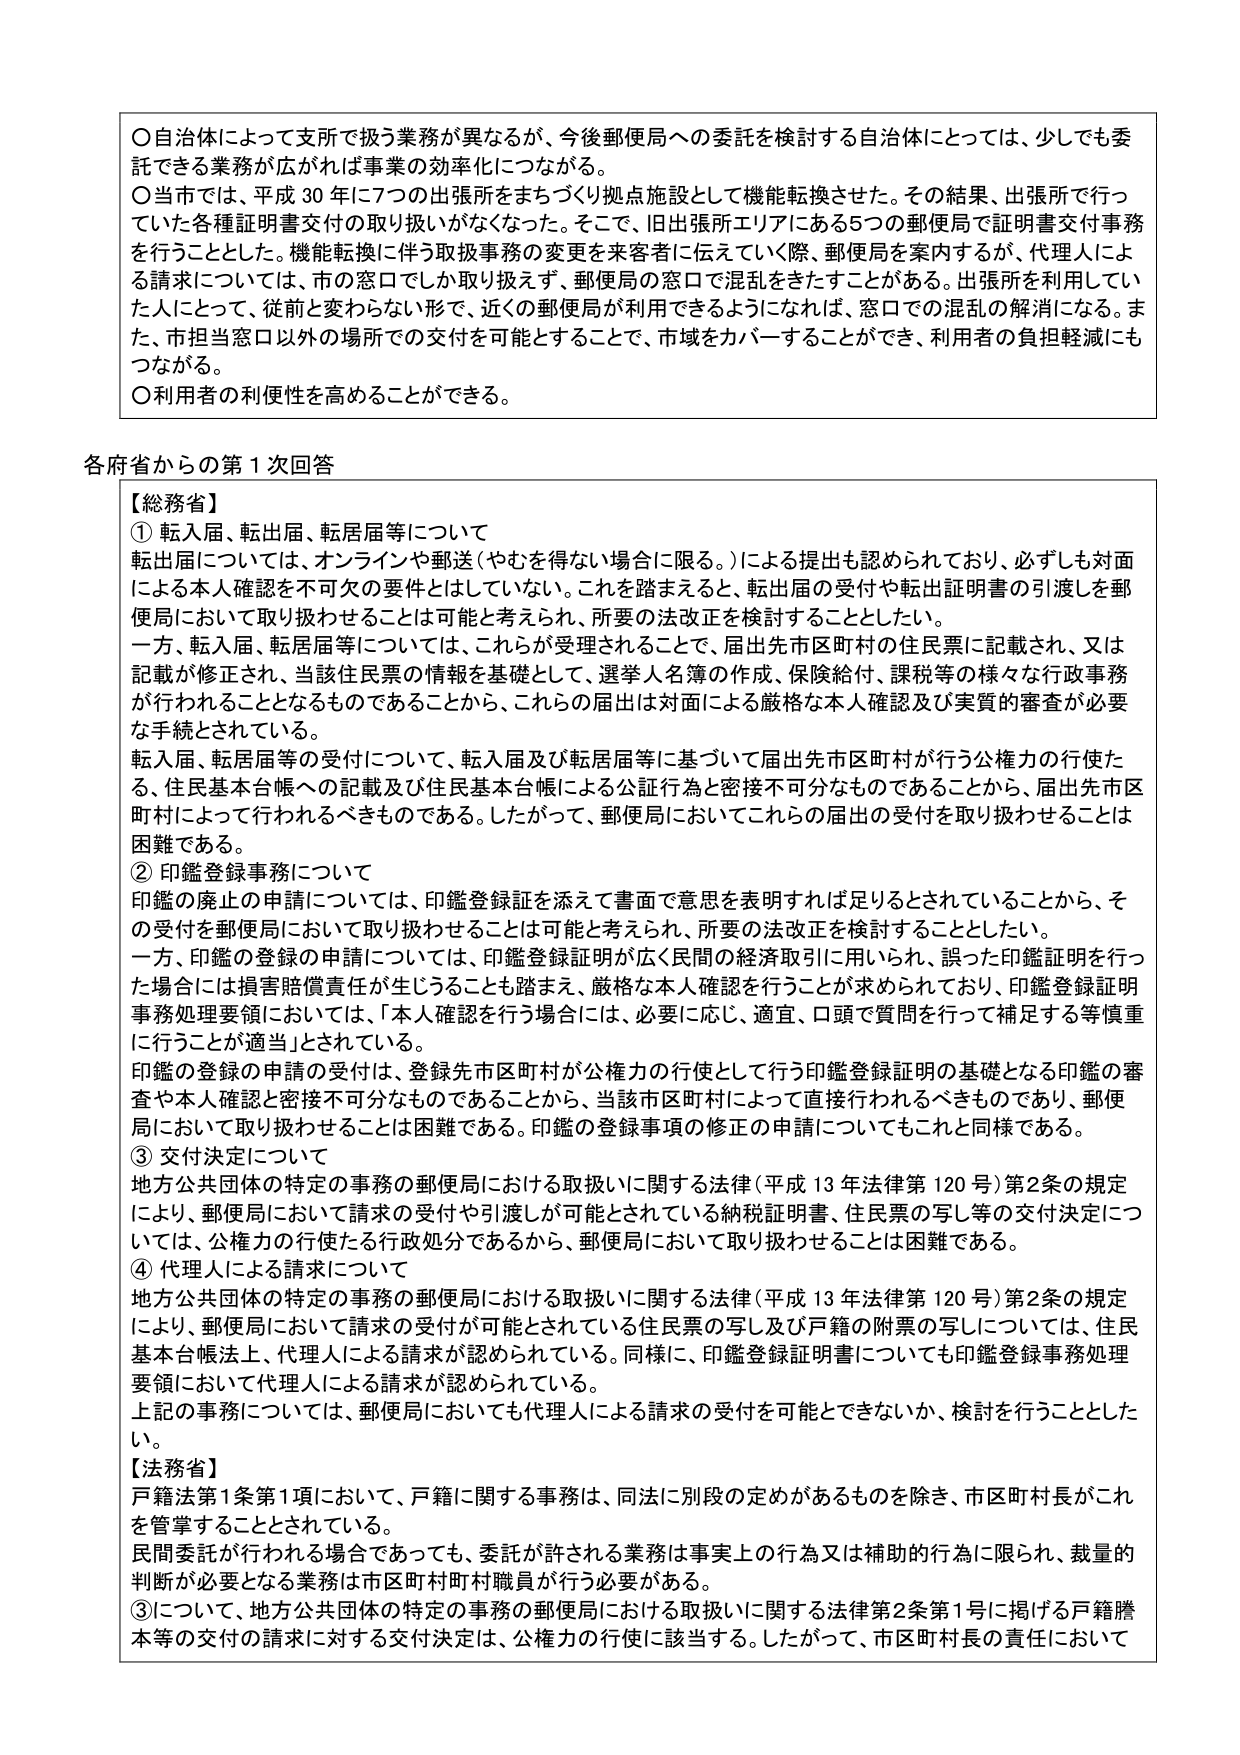
〇自治体によって支所で扱う業務が異なるが、今後郵便局への委託を検討する自治体にとっては、少しでも委託できる業務が広がれば事業の効率化につながる。

〇当市では、平成30年に7つの出張所をまちづくり拠点施設として機能転換させた。その結果、出張所で行っていた各種証明書交付の取り扱いがなくなった。そこで、旧出張所エリアにある5つの郵便局で証明書交付事務を行うことになった。機能転換に伴い取扱事務の変更を来客者に伝えていく際、郵便局を案内するが、代理人による請求については、市の窓口でしか取り扱えず、郵便局の窓口で混乱をきたすことがある。出張所を利用していた人にとって、従前と変わらない形で、近くの郵便局が利用できるようになれば、窓口での混乱の解消になる。また、市担当窓口以外の場所での交付を可能とすることで、市域をカバーすることができ、利用者の負担軽減にもつながる。

〇利用者の利便性を高めることができる。

各府省からの第1次回答

【総務省】

① 転入届、転出届、転居届等について

転出届については、オンラインや郵送（やむを得ない場合に限る。）による提出も認められており、必ずしも対面による本人確認を不可欠の要件とはしていない。これを踏まえると、転出届の受付や転出証明書の引渡しを郵便局において取り扱わせることが可能と考えられ、所要の法改正を検討することとしたい。

一方、転入届、転居届等については、これらが受理されることで、届出先市区町村の住民票に記載され、又は記載が修正され、当該住民票の情報を基礎として、選挙人名簿の作成、保険給付、課税等の様々な行政事務が行われることとなるものであることから、これらの届出は対面による厳格な本人確認及び実質的審査が必要な手続とされている。

転入届、転居届等の受付について、転入届及び転居届等に基づいて届出先市区町村が行う公権力の行使たる、住民基本台帳への記載及び住民基本台帳による公証行為と密接不可分なものであることから、届出先市区町村によって行われるべきものである。したがって、郵便局においてこれらの届出の受付を取り扱わせるのは困難である。

② 印鑑登録事務について

印鑑の廃止の申請については、印鑑登録証を添えて書面で意思を表明すれば足りるとされていることから、その受付を郵便局において取り扱わせることは可能と考えられ、所要の法改正を検討することとしたい。

一方、印鑑の登録の申請については、印鑑登録証明が広く民間の経済取引に用いられ、誤った印鑑証明を行った場合には損害賠償責任が生じうることも踏まえ、厳格な本人確認を行うことが求められており、印鑑登録証明事務処理要領においては、「本人確認を行う場合には、必要に応じ、適宜、口頭で質問を行って補足する等慎重に行うことが適当」とされている。

印鑑の登録の申請の受付は、登録先市区町村が公権力の行使として行う印鑑登録証明の基礎となる印鑑の審査や本人確認と密接不可分なものであることから、当該市区町村によって直接行われるべきものであり、郵便局において取り扱わせることは困難である。印鑑の登録事項の修正の申請についてもこれと同様である。

③ 交付決定について

地方公共団体の特定の事務の郵便局における取扱いに関する法律（平成13年法律第120号）第2条の規定により、郵便局において請求の受付や引渡しが可能とされている納税証明書、住民票の写し等の交付決定については、公権力の行使たる行政処分であるから、郵便局において取り扱わせることは困難である。

④ 代理人による請求について

地方公共団体の特定の事務の郵便局における取扱いに関する法律（平成13年法律第120号）第2条の規定により、郵便局において請求の受付が可能とされている住民票の写し及び戸籍の附票の写しについては、住民基本台帳法上、代理人による請求が認められている。同様に、印鑑登録証明書についても印鑑登録事務処理要領において代理人による請求が認められている。

上記の事務については、郵便局においても代理人による請求の受付を可能とできないか、検討を行うこととした。

【法務省】

戸籍法第1条第1項において、戸籍に関する事務は、同法に別段の定めがあるものを除き、市区町村長がこれを管掌することとされている。

民間委託が行われる場合であっても、委託が許される業務は事実上の行為又は補助的行為に限られ、裁量的判断が必要となる業務は市区町村町村職員が行う必要がある。

③について、地方公共団体の特定の事務の郵便局における取扱いに関する法律第2条第1号に掲げる戸籍謄本等の交付の請求に対する交付決定は、公権力の行使に該当する。したがって、市区町村長の責任において